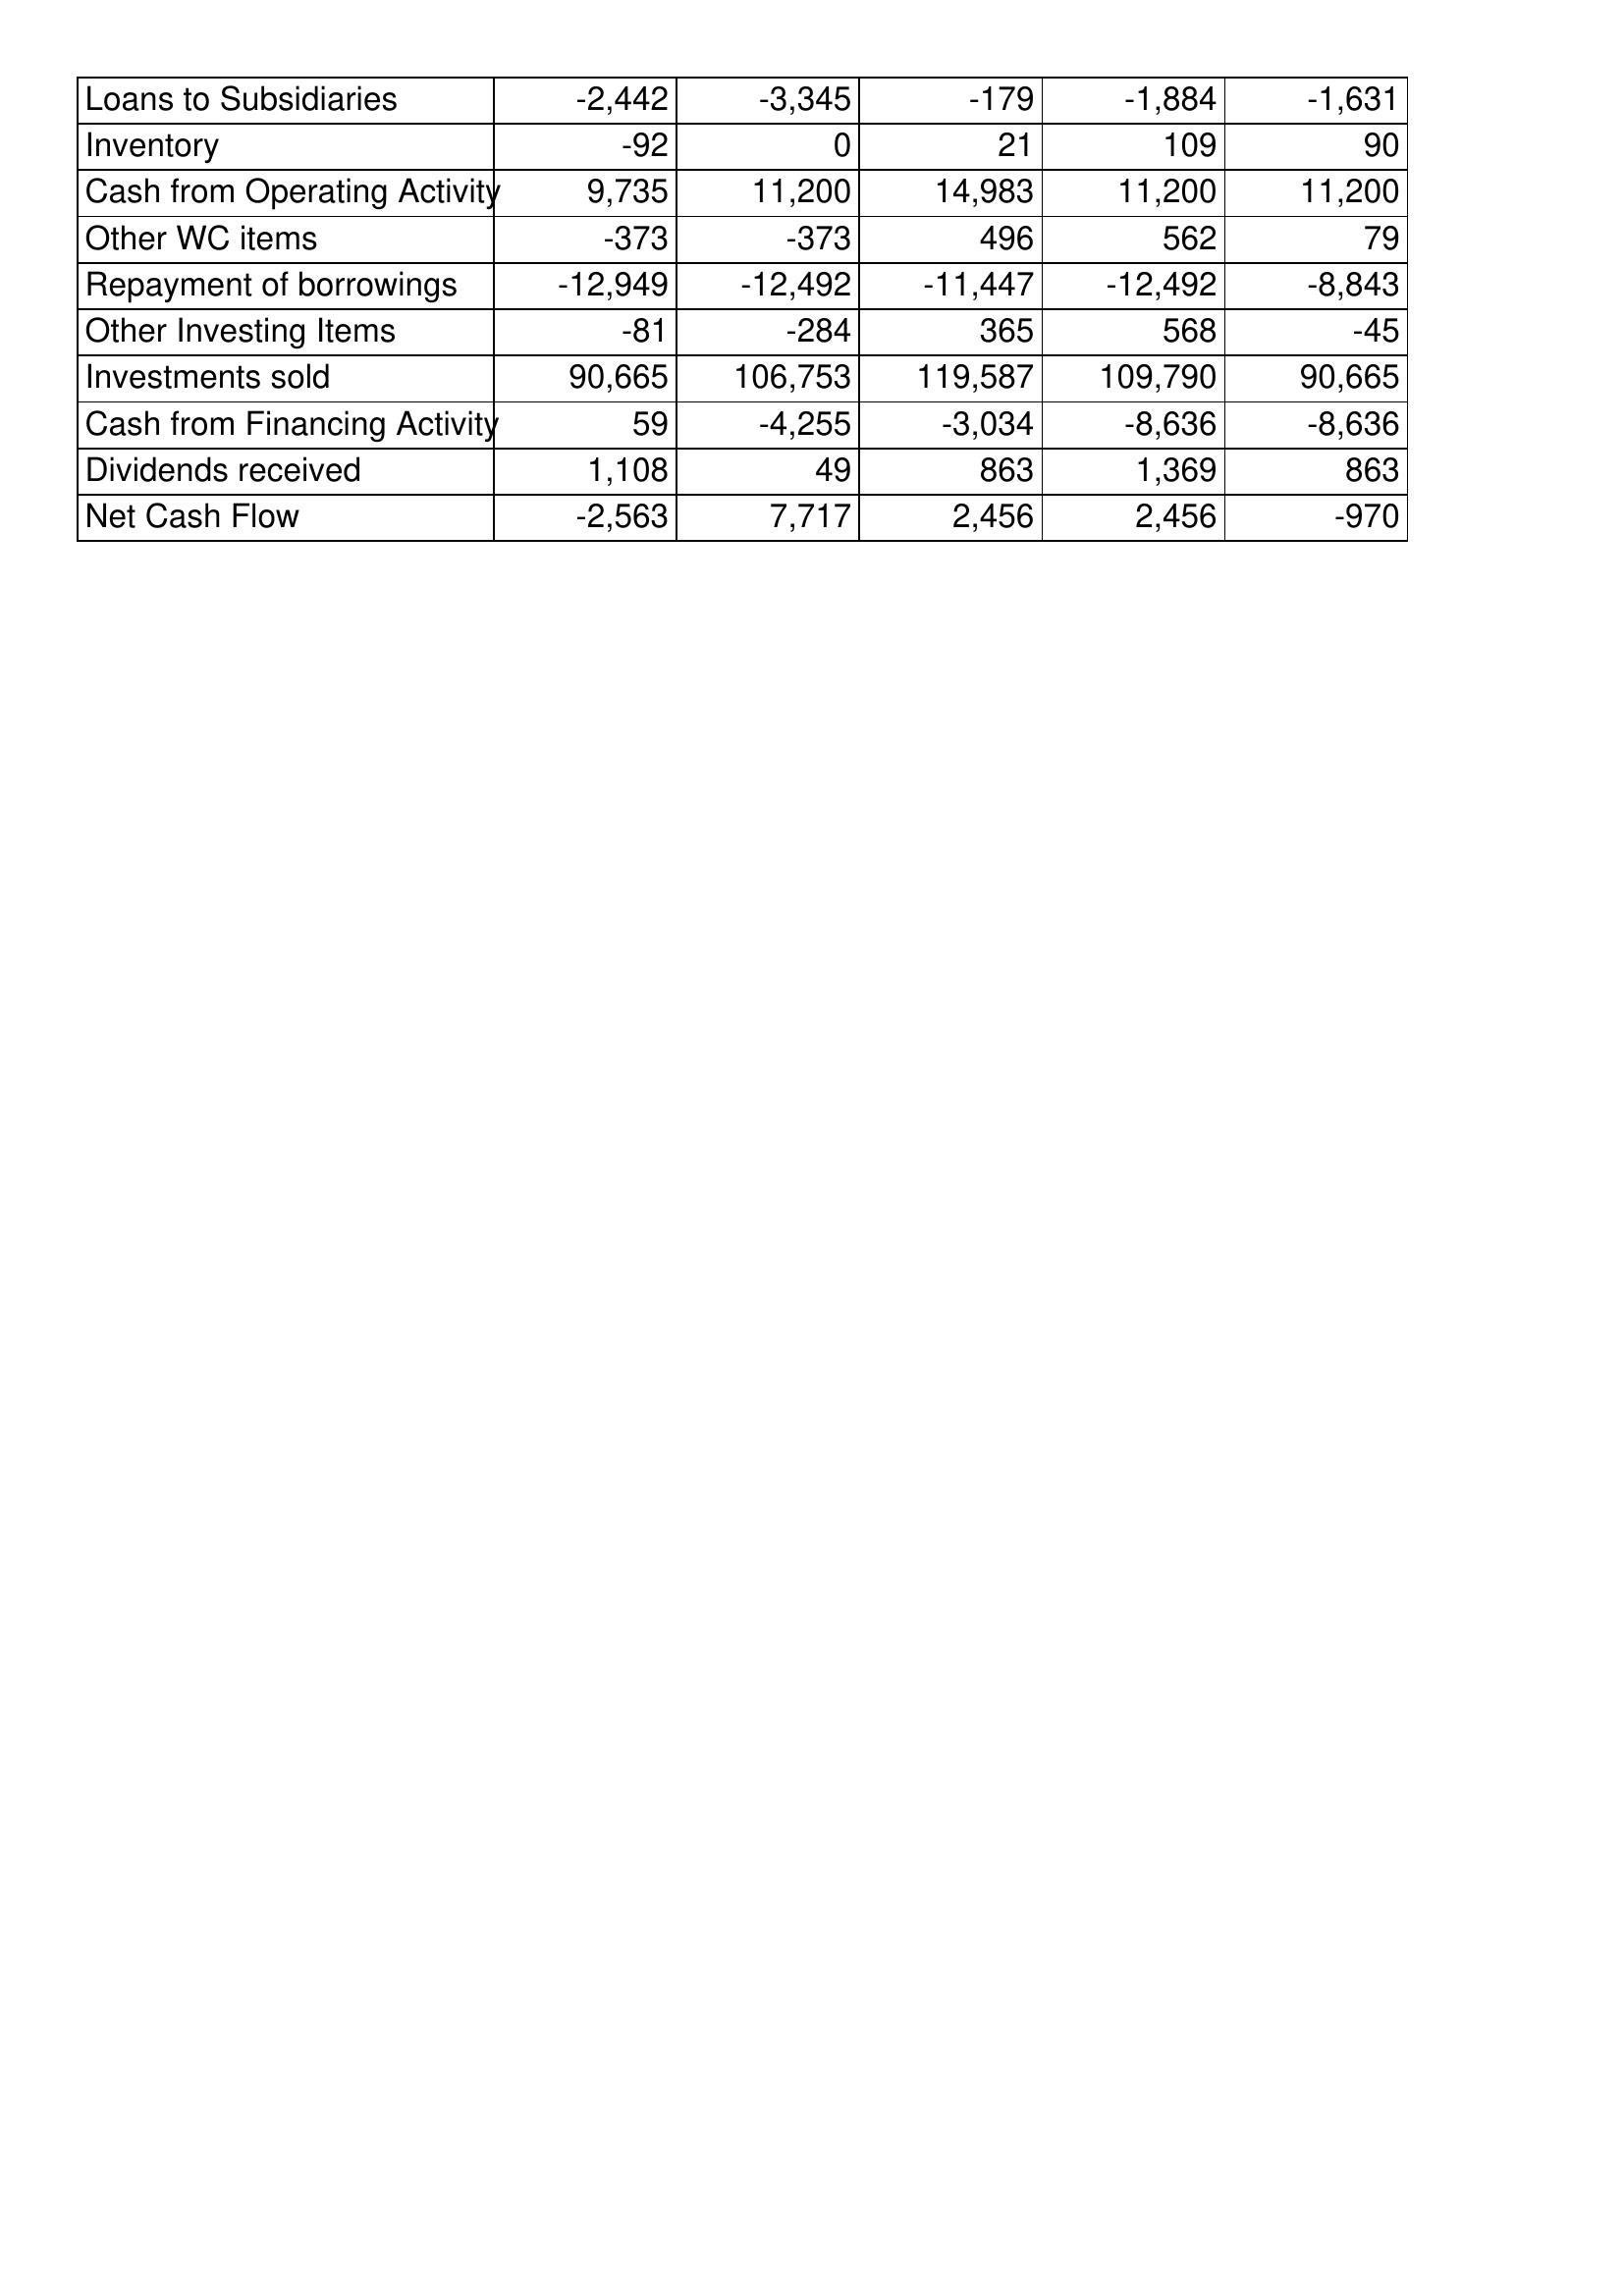
Mar-14: Cash Flows: Loans to Subsidiaries: -2,442
Inventory: -92
Cash from Operating Activity: 9,735
Other WC items: -373
Repayment of borrowings: -12,949
Other Investing Items: -81
Investments sold: 90,665
Cash from Financing Activity: 59
Dividends received: 1,108
Net Cash Flow: -2,563
Mar-13: Cash Flows: Loans to Subsidiaries: -3,345
Inventory: 0
Cash from Operating Activity: 11,200
Other WC items: -373
Repayment of borrowings: -12,492
Other Investing Items: -284
Investments sold: 106,753
Cash from Financing Activity: -4,255
Dividends received: 49
Net Cash Flow: 7,717
Mar-12: Cash Flows: Loans to Subsidiaries: -179
Inventory: 21
Cash from Operating Activity: 14,983
Other WC items: 496
Repayment of borrowings: -11,447
Other Investing Items: 365
Investments sold: 119,587
Cash from Financing Activity: -3,034
Dividends received: 863
Net Cash Flow: 2,456
Mar-11: Cash Flows: Loans to Subsidiaries: -1,884
Inventory: 109
Cash from Operating Activity: 11,200
Other WC items: 562
Repayment of borrowings: -12,492
Other Investing Items: 568
Investments sold: 109,790
Cash from Financing Activity: -8,636
Dividends received: 1,369
Net Cash Flow: 2,456
Mar-10: Cash Flows: Loans to Subsidiaries: -1,631
Inventory: 90
Cash from Operating Activity: 11,200
Other WC items: 79
Repayment of borrowings: -8,843
Other Investing Items: -45
Investments sold: 90,665
Cash from Financing Activity: -8,636
Dividends received: 863
Net Cash Flow: -970